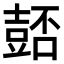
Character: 𧯻